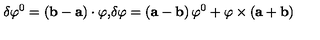
\delta \varphi ^ { 0 } = \left( { \bf b - a } \right) \cdot { \mathbf \varphi , } \delta { \mathbf \varphi } = \left( { \bf a - b } \right) \varphi ^ { 0 } + { \mathbf \varphi } \times \left( { \bf a + b } \right) \nonumber